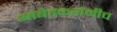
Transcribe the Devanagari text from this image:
आंबेडकरांनीच